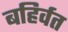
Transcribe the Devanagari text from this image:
बहिर्वत